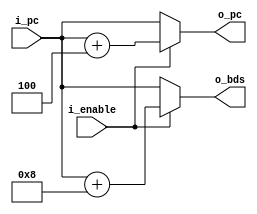
/**

**/

module pc_adder
    #(
        // Parameters
        parameter   PC_SZ   =   32      // Number of bits
    )
    (
        // Inputs
        input wire [PC_SZ-1 : 0]        i_pc,                       // Input PC
        input wire                      i_enable,                   // Enable
        // Outputs
        output wire [PC_SZ-1 : 0]       o_pc,                       // Output PC
        output wire [PC_SZ-1 : 0]       o_bds                       // Branch Delay Slot
    );

    //! Signal Declaration
    reg [PC_SZ-1 : 0]               prog_counter;
    reg [PC_SZ-1 : 0]               branch_delay_slot;

    // Body
    always @(*) 
    begin
        if(i_enable)
        begin
            prog_counter = i_pc + 4;
            branch_delay_slot = i_pc + 8;
        end
        else
        begin
            prog_counter = i_pc;
            branch_delay_slot = i_pc;
        end
    end

    //! Assignments
    assign o_pc = prog_counter;
    assign o_bds = branch_delay_slot;

endmodule